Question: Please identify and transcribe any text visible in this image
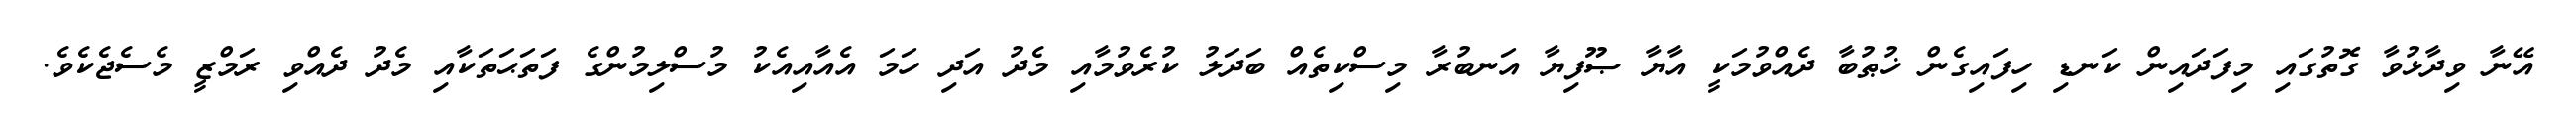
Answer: އޭނާ ވިދާޅުވާ ގޮތުގައި މިފަދައިން ކަނޑި ހިފައިގެން ޚުޠުބާ ދެއްވުމަކީ އާޔާ ޞޫފިޔާ އަނބުރާ މިސްކިތެއް ބަދަލު ކުރެވުމާއި މެދު އަދި ހަމަ އެއާއިއެކު މުސްލިމުންގެ ފަތަޙަތަކާއި މެދު ދެއްވި ރަމްޒީ މެސެޖެކެވެ.